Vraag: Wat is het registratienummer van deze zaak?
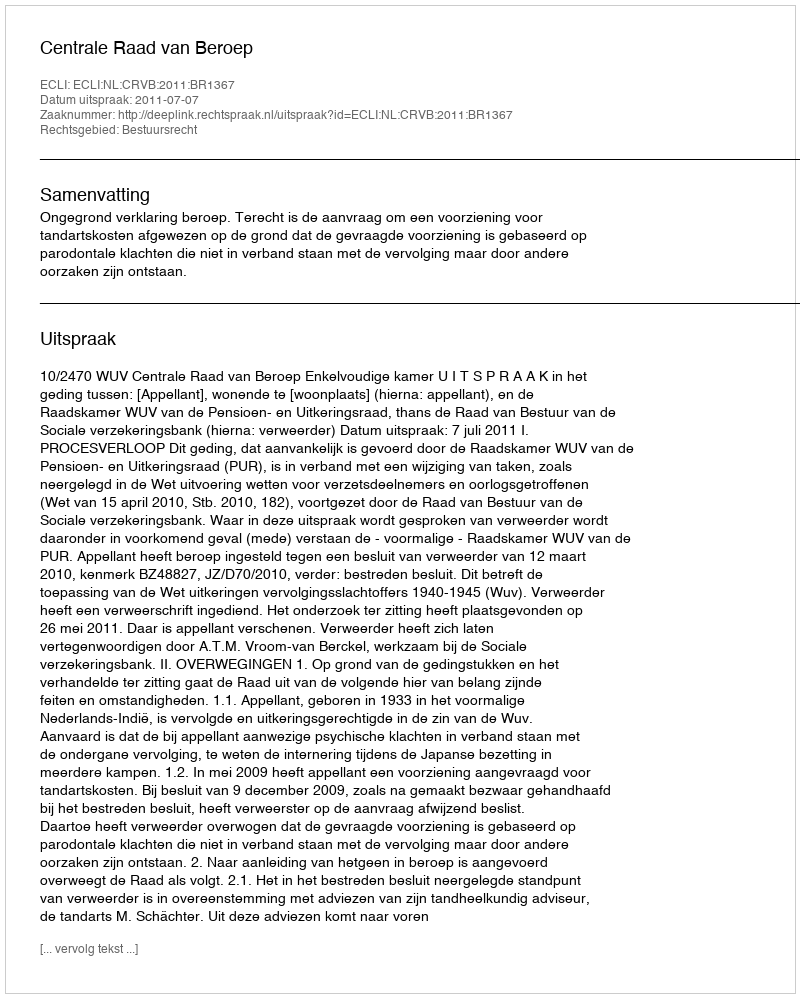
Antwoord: http://deeplink.rechtspraak.nl/uitspraak?id=ECLI:NL:CRVB:2011:BR1367